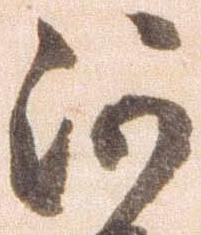
河